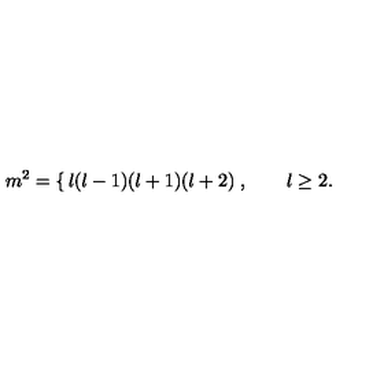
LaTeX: m ^ { 2 } = \left\{ \begin{matrix} { l ( l - 1 ) } \\ { ( l + 1 ) ( l + 2 ) } \\ \end{matrix} \right. , \qquad l \ge 2 .